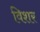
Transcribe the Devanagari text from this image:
विशर